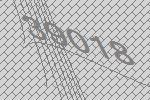
39018